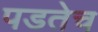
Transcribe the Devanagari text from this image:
पडतेच